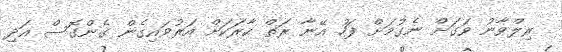
ރިލްވާނު ވަގަށް ނެގުމަށް ފަހު އޭނާ ރަތް ކާރަކަށް އަރުވައިގެން ގެންގޮސް އަދި